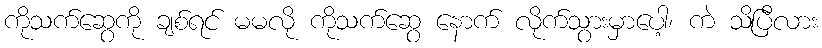
ကိုသက်ဆွေကို ချစ်ရင် မမလို ကိုသက်ဆွေ နောက် လိုက်သွားမှာပေါ့၊ ကဲ သိပြီလား